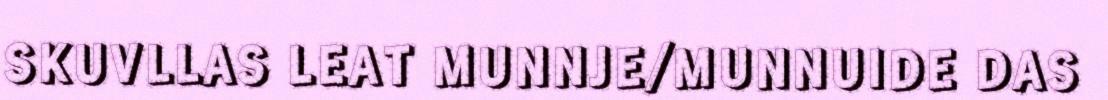
SKUVLLAS LEAT MUNNJE/MUNNUIDE DAS